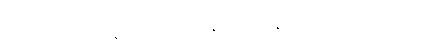
ငါ၏ဝေဖန်ပိုင်းခြားနိုင်စွမ်းကို ရေစိုခံဇစ်၏ တို့ပါရှိပါသည် အရှေ့ပိုင်းဒေသများ